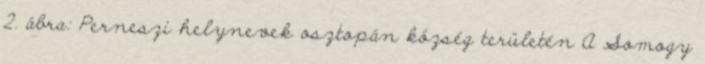
2. ábra: Perneszi helynevek osztopán község területén A Somogy